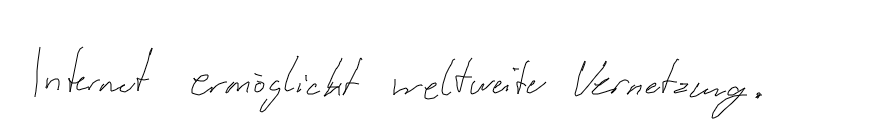
Internet ermöglicht weltweite Vernetzung.